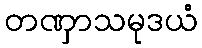
တဏှာသမုဒယံ